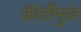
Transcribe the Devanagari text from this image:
कीर्तीमुळे